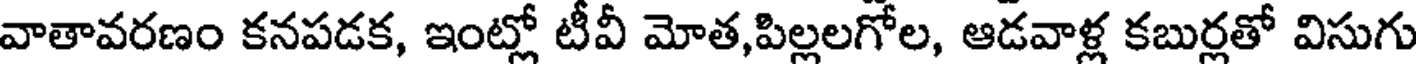
వాతావరణం కనపడక, ఇంట్లో టీవీ మోత,పిల్లలగోల, ఆడవాళ్ల కబుర్లతో విసుగు